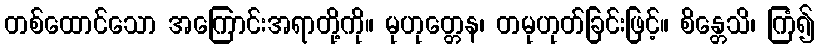
တစ်ထောင်သော အကြောင်းအရာတို့ကို။ မုဟုတ္တေန၊ တမုဟုတ်ခြင်းဖြင့်။ စိန္တေသိ၊ ကြံ၍